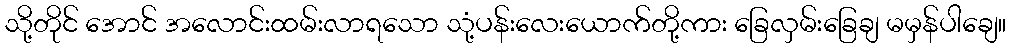
သို့တိုင် အောင် အလောင်းထမ်းလာရသော သုံ့ပန်းလေးယောက်တို့ကား ခြေလှမ်းခြေချ မမှန်ပါချေ။